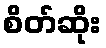
စိတ်ဆိုး